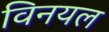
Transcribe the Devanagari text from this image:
विनयल